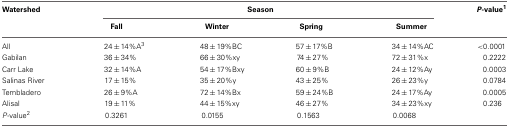
| Watershed | <COLSPAN=4> Season | P-value1 |
 |  | Fall | Winter | Spring | Summer |  |
 | --- | --- | --- | --- | --- | --- |
 | All | 24 ± 14%A3 | 48 ± 19%BC | 57 ± 17%B | 34 ± 14%AC | <0.0001 |
 | Gabilan | 36 ± 34% | 66 ± 30%xy | 74 ± 27% | 72 ± 31%x | 0.2222 |
 | Carr Lake | 32 ± 14%A | 54 ± 17%B xy | 60 ± 9%B | 24 ± 12%Ay | 0.0003 |
 | Salinas River | 17 ± 15% | 35 ± 20%y | 43 ± 25% | 26 ± 23%y | 0.0784 |
 | Tembladero | 26 ± 9%A | 72 ± 14%Bx | 59 ± 24%B | 24 ± 17%Ay | 0.0005 |
 | Alisal | 19 ± 11% | 44 ± 15%xy | 46 ± 27% | 34 ± 23%xy | 0.236 |
 | P-value2 | 0.3261 | 0.0155 | 0.1563 | 0.0068 |  |